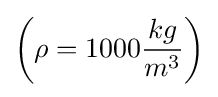
\left(\rho =1000{\frac {kg}{m^{3}}}\right)